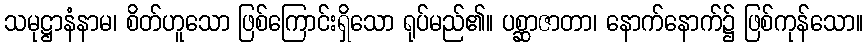
သမုဋ္ဌာနံနာမ၊ စိတ်ဟူသော ဖြစ်ကြောင်းရှိသော ရုပ်မည်၏။ ပစ္ဆာဇာတာ၊ နောက်နောက်၌ ဖြစ်ကုန်သော။